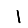
Digit: 1